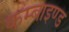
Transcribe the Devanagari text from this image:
कम्बाइण्ड